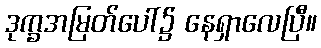
ဒုက္ခအမြတ်ပေါ်၌ နေရှာလေပြီ။